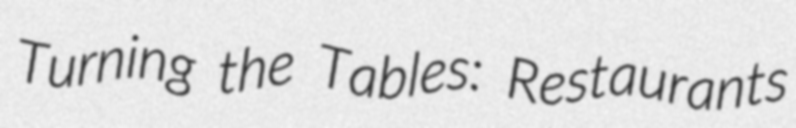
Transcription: Turning the Tables: Restaurants